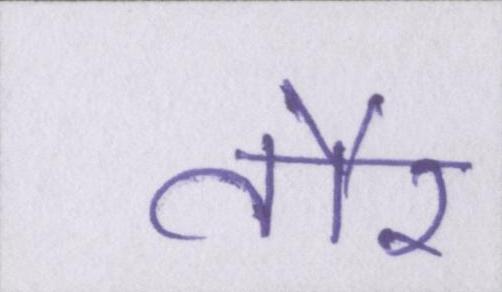
तौर